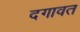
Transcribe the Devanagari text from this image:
दगावत